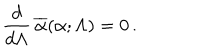
{ \frac { d } { d \Lambda } } \, \overline { { \alpha } } ( \alpha ; \Lambda ) = 0 \, .